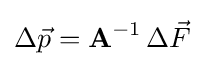
\Delta {\vec {p}}=\mathbf {A} ^{-1}\,\Delta {\vec {F}}